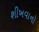
શીખવાનો